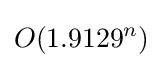
O(1.9129^{n})